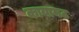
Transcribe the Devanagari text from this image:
कायामठ